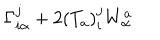
\Gamma _ { i \alpha } ^ { j } + 2 ( T _ { a } ) _ { i } ^ { j } W _ { \alpha } ^ { a }